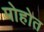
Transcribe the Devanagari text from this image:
पोहोत